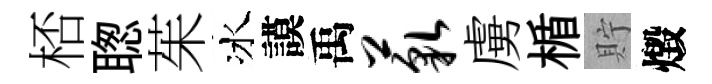
桮聦茱冰謨禹藐虜楯貯燬